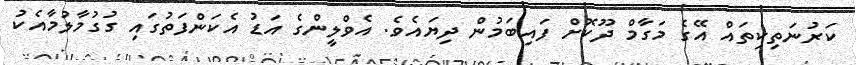
ކަރުނަތިކިތައް އޭގެ މަގާމް ދޫކޮށް ފައިބަމުން ދިޔައެވެ. އެވްލީންގެ އަޑު އެކަންފަތުގައި ގުގުމާލުމާއެކު